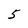
Character: 5